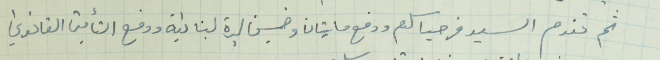
ثم تقدم السيد قزحيا سلوم ودفع مايتان وخمسين ليرة لبنانية ودفع التأمين القانوني